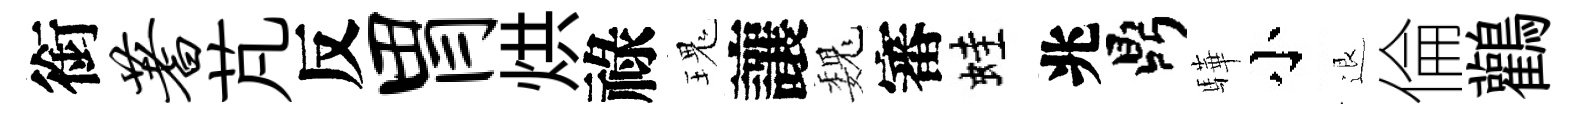
銜蓍芃反胃烘祿瑰讓巍審蛙兆鼎驊小退倫鸛